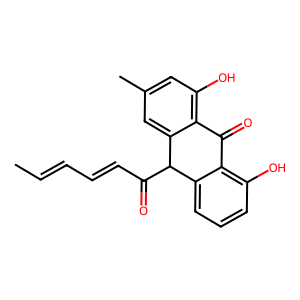
SMILES: CC=CC=CC(=O)C1c2cccc(O)c2C(=O)c2c(O)cc(C)cc21
Inhibits HIV replication: No